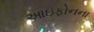
આઇફોનના